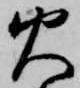
火